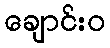
ချောင်းဝ